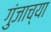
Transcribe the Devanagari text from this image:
गुंजाच्या